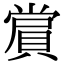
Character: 𮚑